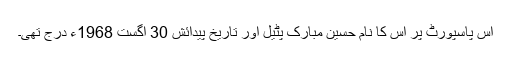
اس پاسپورٹ پر اس کا نام حسین مبارک پٹیل اور تاریخ پیدائش 30 اگست 1968ء درج تھی۔